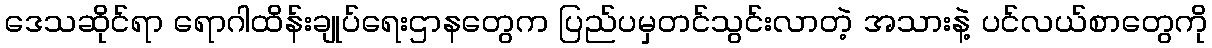
ဒေသဆိုင်ရာ ရောဂါထိန်းချုပ်ရေးဌာနတွေက ပြည်ပမှတင်သွင်းလာတဲ့ အသားနဲ့ ပင်လယ်စာတွေကို